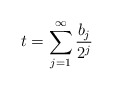
\begin{align*} t = \sum_{j = 1}^\infty \frac{b_j}{2^j} \end{align*}